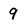
Character: 9